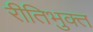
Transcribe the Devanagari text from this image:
रीतिभुक्त